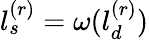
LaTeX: l_{s}^{(r)}=\omega(l_{d}^{(r)})